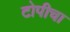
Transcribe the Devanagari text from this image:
टोपीचा